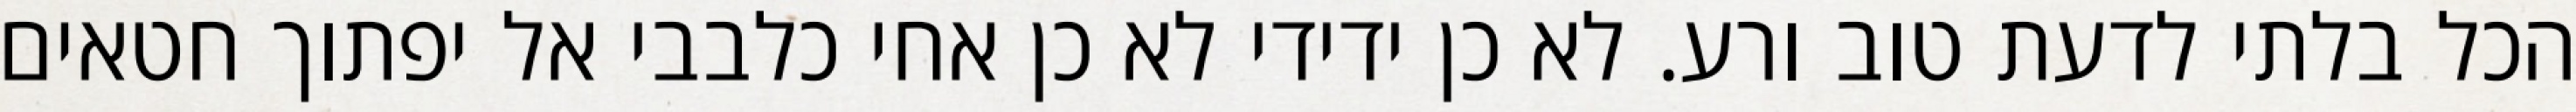
הכל בלתי לדעת טוב ורע. לא כן ידידי לא כן אחי כלבבי אל יפתוך חטאים